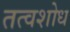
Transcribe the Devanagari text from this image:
तत्वशोध